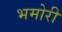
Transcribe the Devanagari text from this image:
भमोरी